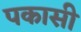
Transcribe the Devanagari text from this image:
पकासी